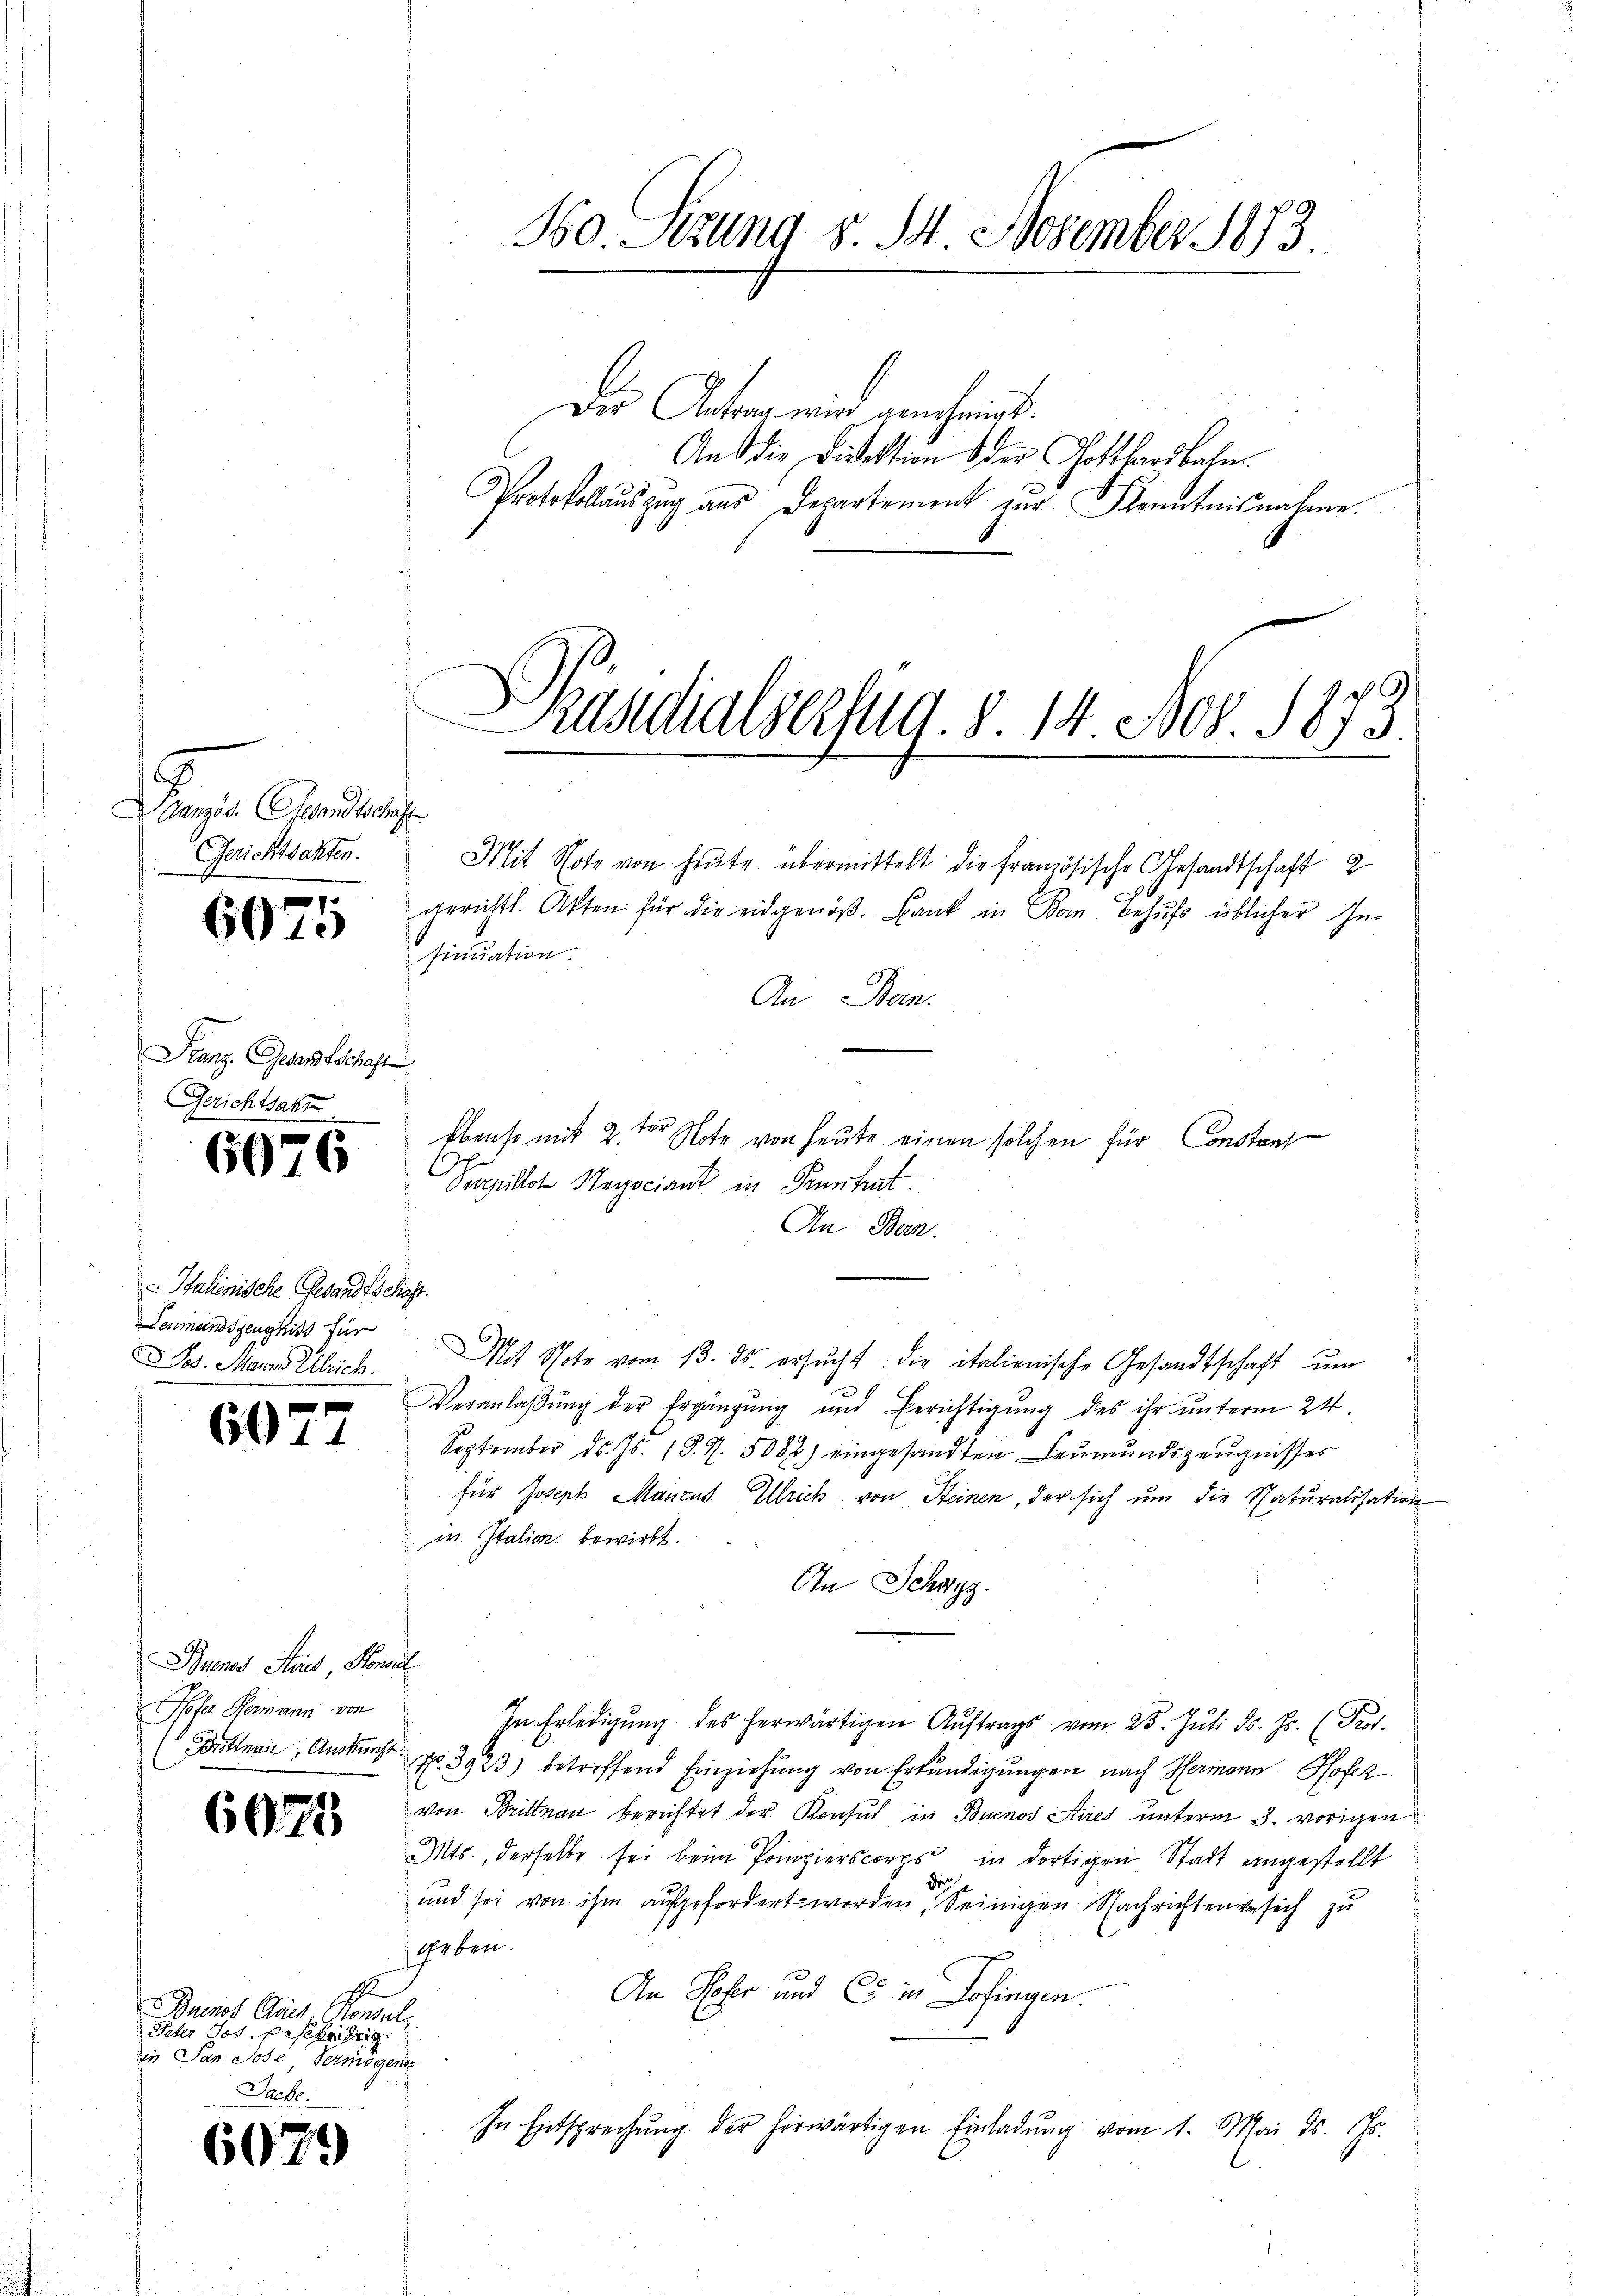
5
Danzös. Gesandtschaft
Gerichtsakten.

6075

Franz. Gesandtschaft
Gerichtsakt

6026

Italienische Gesandtschaft.
Leumundsgenghitt für
Jos. Mann Ulrich.

e
60

2

Buenos Haus, Honal
ofer Hermann von

6021

6079

Duent Quis. Honel
Peter Jos. Sehr zug
in Jan. Jose Vermögens
Sache.

Der Antrag wird genehmigt.

50. Sitzung d. 14. November 1873.

Präsidialserzug. d. 14. Nov. 1873.

Mit Note von heŭte übermittelt die französische Gesandtschaft 2
gerichtl. Akten für die eidgenöß. Bank in Dem Behufs üblicher In-
sinuation.
An Bern.
Ebenst mit 2. der Note von heute einen solchen für Constant
Spillon Negociant in Pruntrut
In Bern.
Mit Schote vom 13. ds. ersŭcht die italienische Gesandtschaft ŭm
Veranlaβŭng der Ergänzŭng und Berichtigŭng des ihr ŭnterm 24.
September d. Js. (§. 7. 5082) eingesandten Leumundszeugnisses
für Joseph Marcus Ulrich von Steinen, der sich um die Naturalisation
in Italien bewirkt.
An Schwyz.
In Erledigung des herwärtigen Auftrags vom 25. Juli d. Js. (Prof.
ittnau, Ankunft No. 3923) betreffend Einziehung von Erkundigungen nach Hermann Hofez
von Brittnau berichtet der Konsul in Buenos Aires unterm 3. vorigen
Mts., derselbe sei beim Pompierscorps in dortigen Stadt angestellt
dr
und sei von ihm aufgefordert worden, Seinigen Nachrichtenversich zu
Geben.
An Hoher und es in Zofingen.
In Entsprechŭng der herwärtigen Einladŭng vom 1. Mai d. Js.

Aus die Direktion der Gotthardbahn.
Protokollauszug aus Departement zur Kenntnisnahme.